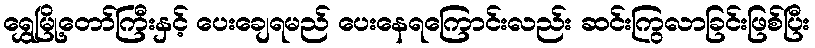
ရွှေမြို့တော်ကြီးနှင့် ပေးချေရမည် ပေးနေရကြောင်းလည်း ဆင်းကြွလာခြင်းဖြစ်ပြီး